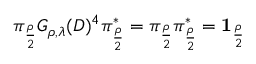
\pi _ { \frac { \rho } { 2 } } G _ { \rho , \lambda } ( D ) ^ { 4 } \pi _ { \frac { \rho } { 2 } } ^ { * } = \pi _ { \frac { \rho } { 2 } } \pi _ { \frac { \rho } { 2 } } ^ { * } = { \bf 1 } _ { \frac { \rho } { 2 } }